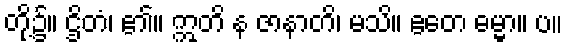
တို့၌။ ဌိတံ၊ ၏။ ဣတိ န ဇာနာတိ၊ မသိ။ ဧတေ ဓမ္မာ။ ပ။